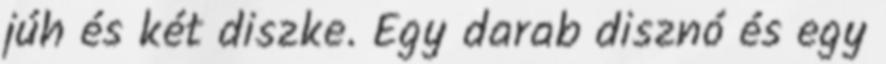
júh és két diszke. Egy darab disznó és egy